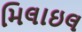
મિલાઇલ